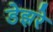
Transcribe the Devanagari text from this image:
डेझरे